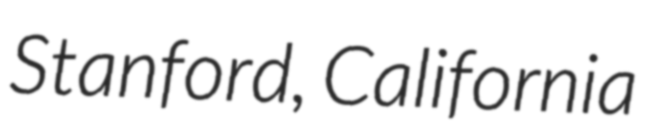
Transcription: Stanford, California